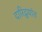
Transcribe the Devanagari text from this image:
दारिद्र्यांत